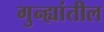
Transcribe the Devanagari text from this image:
गुन्ह्यांतील